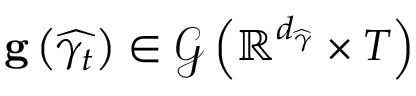
\mathbf { g } \left( \widehat { \gamma _ { t } } \right) \in \mathcal { G } \left( \mathbb { R } ^ { d _ { \widehat { \gamma } } } \times T \right)